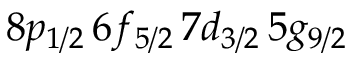
8 p _ { 1 / 2 } \, 6 f _ { 5 / 2 } \, 7 d _ { 3 / 2 } \, 5 g _ { 9 / 2 }